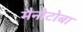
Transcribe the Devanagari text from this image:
मैनोटोबा